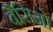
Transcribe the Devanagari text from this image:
बैसिओ